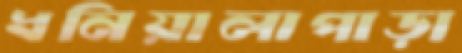
ধনিয়ালাপাড়া